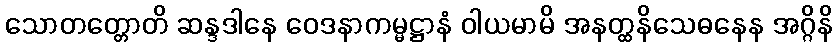
သောတတ္တောတိ ဆန္ဒဒါနေ ဝေဒနာကမ္မဋ္ဌာနံ ဝါယမာမိ အနတ္ထနိသေဓနေန အဂ္ဂိနိ